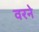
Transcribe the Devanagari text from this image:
वरने